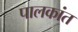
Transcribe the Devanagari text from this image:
पालकांत